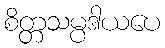
စိတ္တသမ္ပဒါယပေ